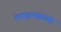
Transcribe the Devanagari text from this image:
लाम्हणबाबा